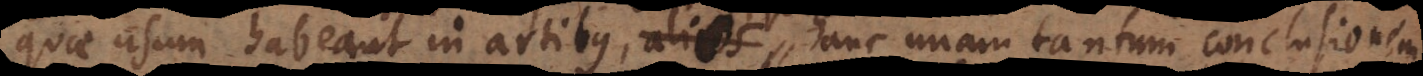
usum habeant in artibus, et quosdam hanc unam tantum conclusionem